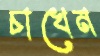
চাখেন